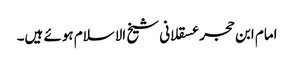
امام ابن حجر عسقلانی شیخ الاسلام ہوئے ہیں۔